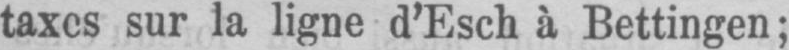
taxes sur la ligne d’Esch à Bettingen;